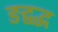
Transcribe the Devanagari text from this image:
ङद्वद्ध